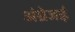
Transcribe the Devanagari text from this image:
अंग्रेजई